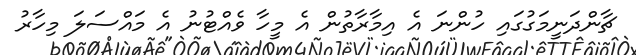
ޗާންދަނީމަގުގައި ހުންނަ އެ އިމާރާތުން އެ މީހާ ވެއްޓުނު އެ މައްސަލަ މިހާރު